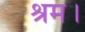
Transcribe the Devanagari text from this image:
श्रम।